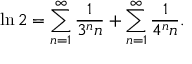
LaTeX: \ln 2 = \sum _ { n = 1 } ^ { \infty } { \frac { 1 } { 3 ^ { n } n } } + \sum _ { n = 1 } ^ { \infty } { \frac { 1 } { 4 ^ { n } n } } .